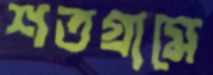
শতগ্রামে